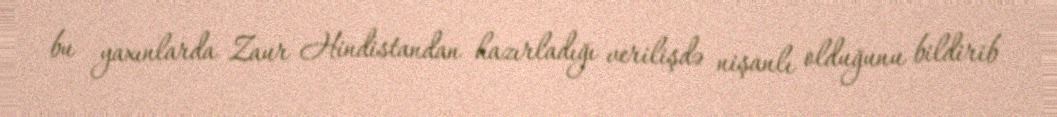
bu yaxınlarda Zaur Hindistandan hazırladığı verilişdə nişanlı olduğunu bildirib